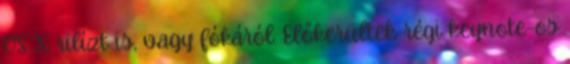
OS X rilízt is, vagy fókáról. Előkerültek régi keynote-os